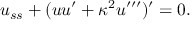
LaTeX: u _ { s s } + ( u u ^ { \prime } + \kappa ^ { 2 } u ^ { \prime \prime \prime } ) ^ { \prime } = 0 .